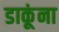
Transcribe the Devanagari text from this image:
डाकूंना